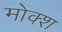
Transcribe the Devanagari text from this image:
मोक्श